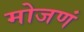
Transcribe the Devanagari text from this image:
मोजणं